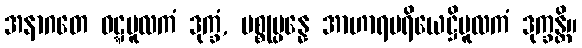
အနာဂတေ ဝဋ္ဋမူလကံ ဒုက္ခံ, ပစ္စုပ္ပန္နေ အာဟာရပရိယေဋ္ဌိမူလကံ ဒုက္ခန္တိ။